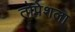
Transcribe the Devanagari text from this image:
तोपेशला